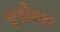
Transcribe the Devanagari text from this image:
यूसैक्स